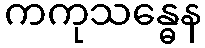
ကကုသန္ဓေန